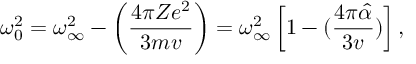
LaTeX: \omega _ { 0 } ^ { 2 } = \omega _ { \infty } ^ { 2 } - \left( \frac { 4 \pi Z e ^ { 2 } } { 3 m v } \right) = \omega _ { \infty } ^ { 2 } \left[ 1 - ( \frac { 4 \pi { \hat { \alpha } } } { 3 v } ) \right] ,